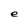
Character: e